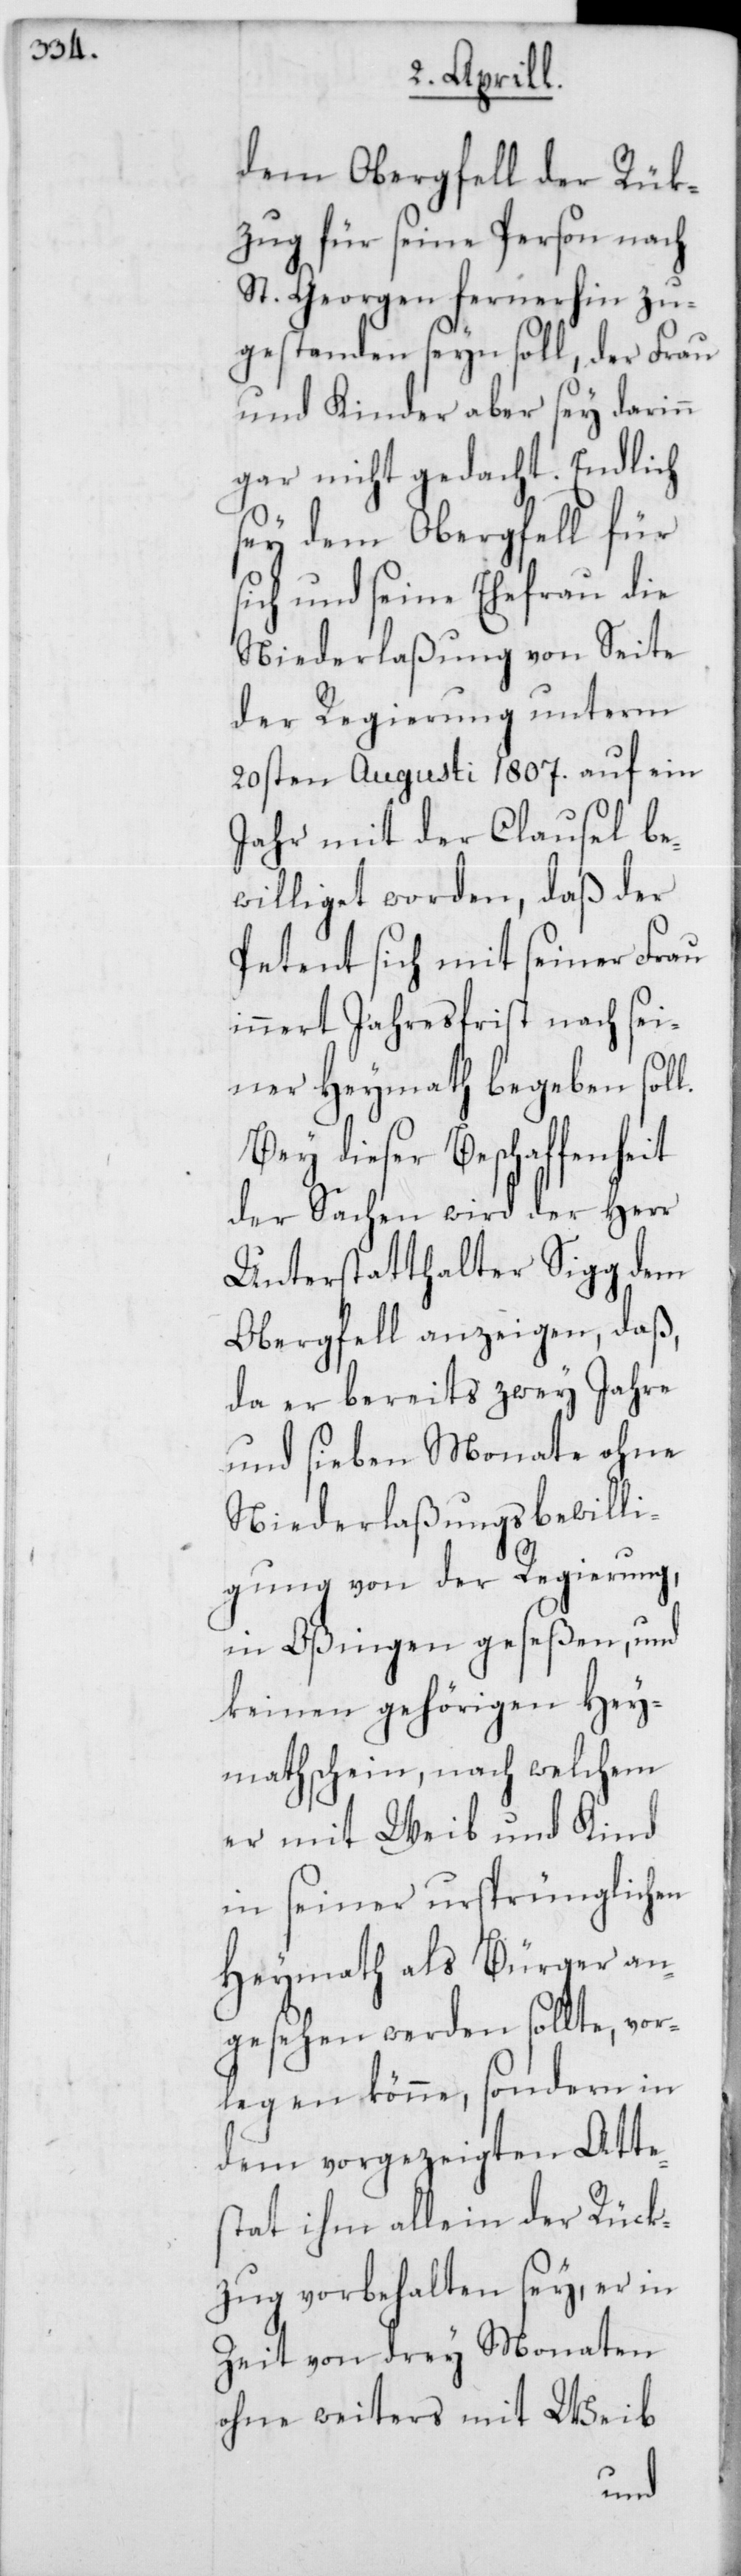
dem Obergfell der Rük¬
zug für seine Person nach
St. Georgen fernerhin zu¬
gestanden seyn soll, der Frau
und Kinder aber sey darinn
gar nicht gedacht. Endlich
sey dem Obergfell für
sich und seine Ehefrau die
Niederlaßung von Seite
der Regierung unterm
20sten Augusti 1807. auf ein
Jahr mit der Clausel be¬
williget worden, daß der
Petent sich mit seiner Frau
innert Jahresfrist nach sei¬
ner Heymath begeben soll.
Bey dieser Beschaffenheit
der Sachen wird der Herr
Unterstatthalter Sigg dem
Obergfell anzeigen, daß
da er bereits zwey Jahre
und sieben Monate ohne
Niederlaßungsbewilli¬
gung von der Regierung,
in Oßingen geseßen, und
keinen gehörigen Hey¬
mathschein, nach welchem
er mit Weib und Kind
in seiner ursprünglichen
Heymath als Bürger an¬
gesehen werden sollte, vor¬
legen könne, sondern in
dem vorgezeigten Atte¬
stat ihm allein der Rück¬
zug vorbehalten sey, er in
Zeit von drey Monaten
ohne weiters mit Weib